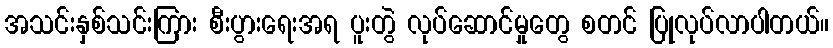
အသင်းနှစ်သင်းကြား စီးပွားရေးအရ ပူးတွဲ လုပ်ဆောင်မှုတွေ စတင် ပြုလုပ်လာပါတယ်။